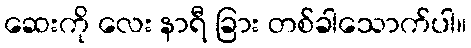
ဆေးကို လေး နာရီ ခြား တစ်ခါသောက်ပါ။